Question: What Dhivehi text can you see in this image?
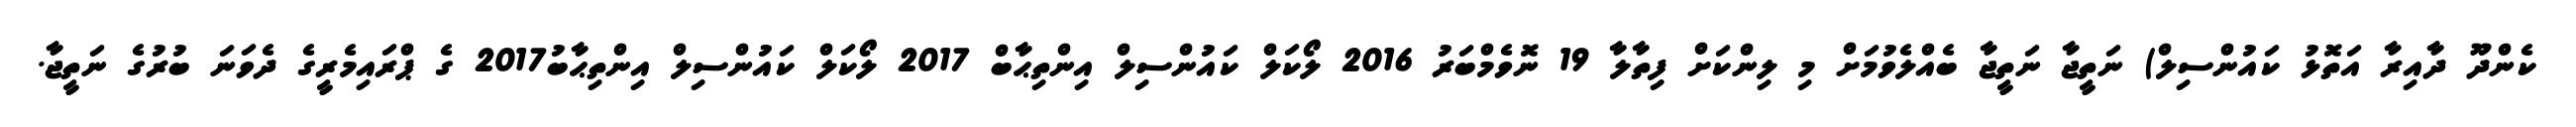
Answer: ކެންދޫ ދާއިރާ އަތޮޅު ކައުންސިލް) ނަތީޖާ ނަތީޖާ ބެއްލެވުމަށް މި ލިންކަށް ފިތާލާ 19 ނޮވެމްބަރު 2016 ލޯކަލް ކައުންސިލް އިންތިޙާބް 2017 ލޯކަލް ކައުންސިލް އިންތިޙާބު2017 ގެ ޕްރައިމެރީގެ ދެވަނަ ބުރުގެ ނަތީޖާ.